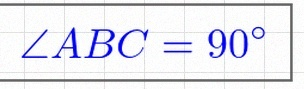
\angle ABC=90^\circ